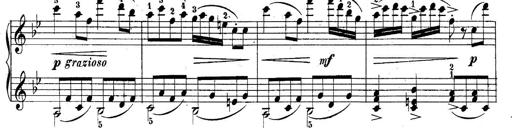
Title: 10 Sonatines progressives
Composer: Anton Schmoll